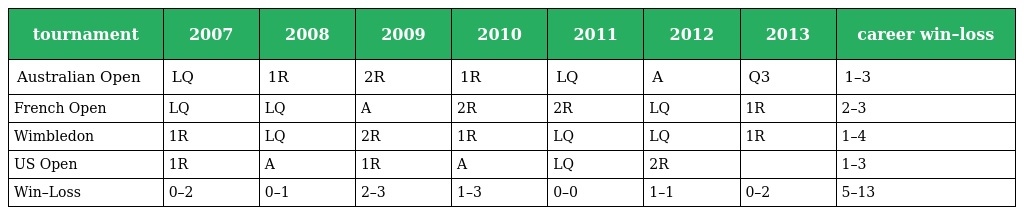
| tournament | 2007 | 2008 | 2009 | 2010 | 2011 | 2012 | 2013 | career win–loss |
 | --- | --- | --- | --- | --- | --- | --- | --- | --- |
 | Australian Open | LQ | 1R | 2R | 1R | LQ | A | Q3 | 1–3 |
 | French Open | LQ | LQ | A | 2R | 2R | LQ | 1R | 2–3 |
 | Wimbledon | 1R | LQ | 2R | 1R | LQ | LQ | 1R | 1–4 |
 | US Open | 1R | A | 1R | A | LQ | 2R |  | 1–3 |
 | Win–Loss | 0–2 | 0–1 | 2–3 | 1–3 | 0–0 | 1–1 | 0–2 | 5–13 |